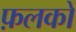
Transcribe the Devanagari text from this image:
फ़लकों